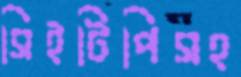
সিইটিপিসহ